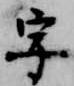
字